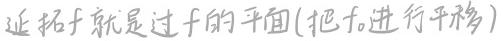
延拓 \( f \) 就是过 \( f \) 的平面（把 \( f \) 进行平移）